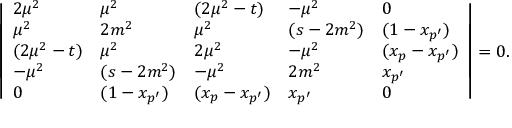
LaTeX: \left| \begin{array} { l l l l l } { { 2 \mu ^ { 2 } } } & { { \mu ^ { 2 } } } & { { ( 2 \mu ^ { 2 } - t ) } } & { { - \mu ^ { 2 } } } & { { 0 } } \\ { { \mu ^ { 2 } } } & { { 2 m ^ { 2 } } } & { { \mu ^ { 2 } } } & { { ( s - 2 m ^ { 2 } ) } } & { { ( 1 - x _ { p ^ { \prime } } ) } } \\ { { ( 2 \mu ^ { 2 } - t ) } } & { { \mu ^ { 2 } } } & { { 2 \mu ^ { 2 } } } & { { - \mu ^ { 2 } } } & { { ( x _ { p } - x _ { p ^ { \prime } } ) } } \\ { { - \mu ^ { 2 } } } & { { ( s - 2 m ^ { 2 } ) } } & { { - \mu ^ { 2 } } } & { { 2 m ^ { 2 } } } & { { x _ { p ^ { \prime } } } } \\ { { 0 } } & { { ( 1 - x _ { p ^ { \prime } } ) } } & { { ( x _ { p } - x _ { p ^ { \prime } } ) } } & { { x _ { p ^ { \prime } } } } & { { 0 } } \end{array} \right| = 0 .